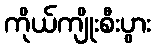
ကိုယ်ကျိုးစီးပွား